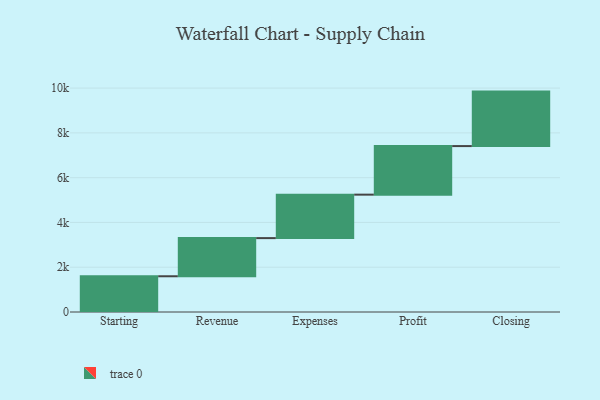
{"axis": {"x": "Step", "y": "Value"}, "legend": [""], "data": [{"x": "Starting", "y": 1596.0, "type": ""}, {"x": "Revenue", "y": 1704.0, "type": ""}, {"x": "Expenses", "y": 1941.0, "type": ""}, {"x": "Profit", "y": 2169.0, "type": ""}, {"x": "Closing", "y": 2433.0, "type": ""}]}